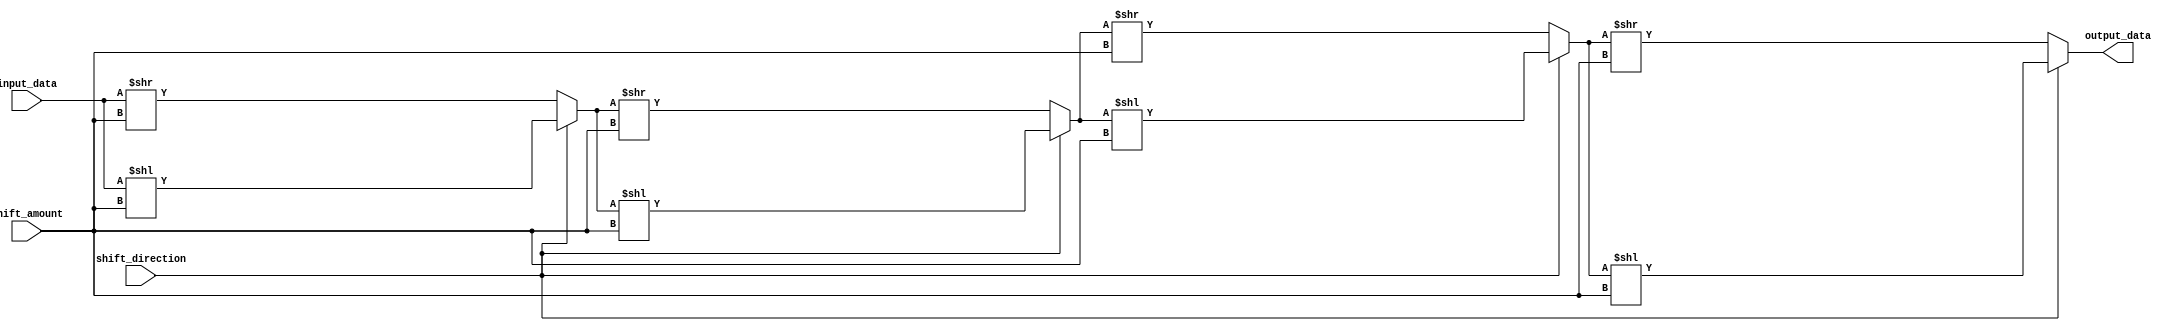
module simple_barrel_shifter (
    input [31:0] input_data,
    input [4:0] shift_amount,
    input shift_direction, // 0 for right shift, 1 for left shift
    output reg [31:0] output_data
);

reg [31:0] stage_0, stage_1, stage_2, stage_3, stage_4;

always @(*) begin
    stage_0 = input_data;
    stage_1 = (shift_direction == 1) ? (stage_0 << shift_amount) : (stage_0 >> shift_amount);
    stage_2 = (shift_direction == 1) ? (stage_1 << shift_amount) : (stage_1 >> shift_amount);
    stage_3 = (shift_direction == 1) ? (stage_2 << shift_amount) : (stage_2 >> shift_amount);
    stage_4 = (shift_direction == 1) ? (stage_3 << shift_amount) : (stage_3 >> shift_amount);
end

assign output_data = stage_4;

endmodule